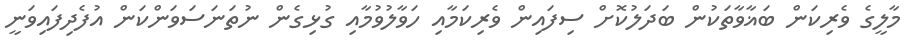
މާލީގެ ވެރިކަން ބަޣާވާތަކުން ބަދަލުކޮށް ސިފައިން ވެރިކަމާއި ހަވާލުވުމާއި ގުޅިގެން ނުތަނަސަވަންކަން އުފެދިފައިވަނީ